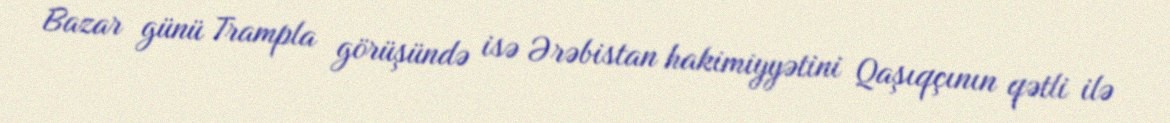
Bazar günü Trampla görüşündə isə Ərəbistan hakimiyyətini Qaşıqçının qətli ilə